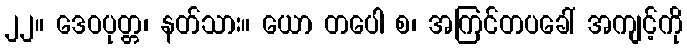
၂၂။ ဒေဝပုတ္တ၊ နတ်သား။ ယော တပေါ စ၊ အကြင်တပခေါ် အကျင့်ကို